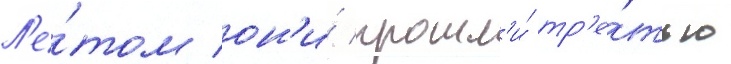
Л'е́том он'и́ прошл'и́ тр'е́тью